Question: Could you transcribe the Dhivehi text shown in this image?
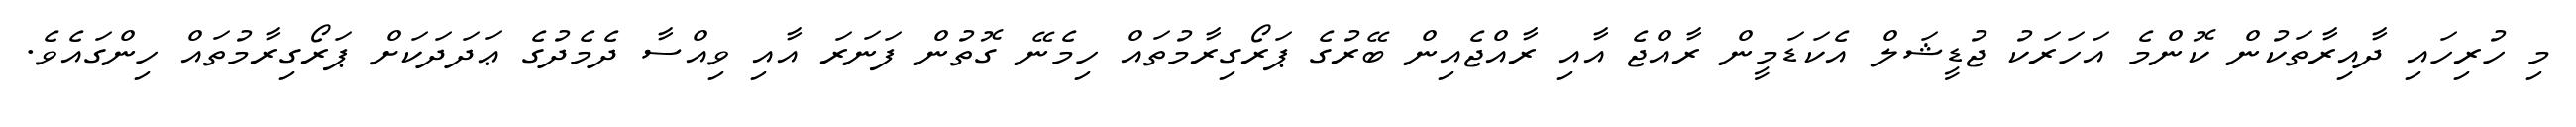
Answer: މި ހުރިހައި ދާއިރާތަކުން ކޮންމެ އަހަރަކު ޖުޑީޝަލް އެކަޑަމީން ރާއްޖެ އާއި ރާއްޖެއިން ބޭރުގެ ޕަރޯގިރާމުތައް ހިމެނޭ ގޮތުން ފަނަރަ އާއި ވިއްސާ ދެމެދުގެ ޢަދަދަކަށް ޕަރޯގިރާމުތައް ހިންގައެވެ.